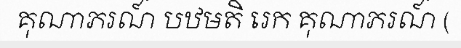
គុណាភរណ៍ បឋមតិ រេក គុណាភរណ៍ (